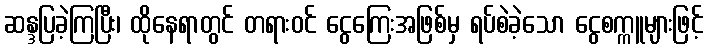
ဆန္ဒပြခဲ့ကြပြီး၊ ထိုနေရာတွင် တရားဝင် ငွေကြေးအဖြစ်မှ ရပ်စဲခဲ့သော ငွေစက္ကူများဖြင့်